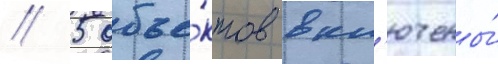
// 5 объе́ктов вкл'ючены́